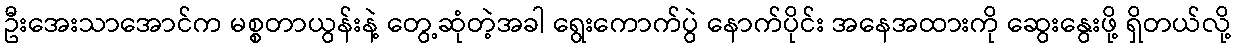
ဦးအေးသာအောင်က မစ္စတာယွန်းနဲ့ တွေ့ဆုံတဲ့အခါ ရွေးကောက်ပွဲ နောက်ပိုင်း အနေအထားကို ဆွေးနွေးဖို့ ရှိတယ်လို့